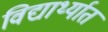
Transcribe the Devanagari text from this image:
विद्यार्थ्यात